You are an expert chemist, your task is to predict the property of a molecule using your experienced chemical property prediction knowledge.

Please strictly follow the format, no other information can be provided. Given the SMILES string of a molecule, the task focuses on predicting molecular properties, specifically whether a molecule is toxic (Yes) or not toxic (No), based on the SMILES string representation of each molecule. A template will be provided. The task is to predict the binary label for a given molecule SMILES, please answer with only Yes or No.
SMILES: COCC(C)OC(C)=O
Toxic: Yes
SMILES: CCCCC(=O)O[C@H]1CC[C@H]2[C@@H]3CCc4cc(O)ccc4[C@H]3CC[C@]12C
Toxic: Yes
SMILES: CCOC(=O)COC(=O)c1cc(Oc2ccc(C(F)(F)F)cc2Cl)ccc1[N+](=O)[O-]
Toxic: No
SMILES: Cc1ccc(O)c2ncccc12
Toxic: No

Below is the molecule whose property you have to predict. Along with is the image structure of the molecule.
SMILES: O=C(CCCN1CCN(c2ccc(F)cc2)CC1)NC1c2ccccc2CSc2ccccc21
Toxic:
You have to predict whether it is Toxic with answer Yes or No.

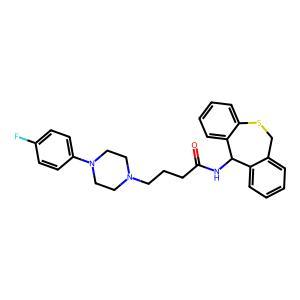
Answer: No